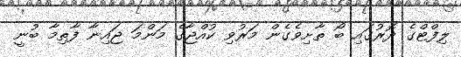
ލިފްޓްގެ ދޮރުގައި ބޯ ތާށިވެގެން މަރުވި ކުއްޖާގެ މަންމަ ޖައިނާ ފާތިމާ ބުނީ